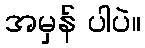
အမှန် ပါပဲ။